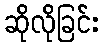
ဆိုလိုခြင်း